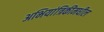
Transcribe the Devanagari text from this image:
अभियांत्रिकीमधील